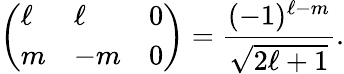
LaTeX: \left(\begin{array}{lll}{\ell}&{\ell}&{0}\\ {m}&{-m}&{0}\end{array}\right)=\frac{(-1)^{\ell-m}}{\sqrt{2\ell+1}}.